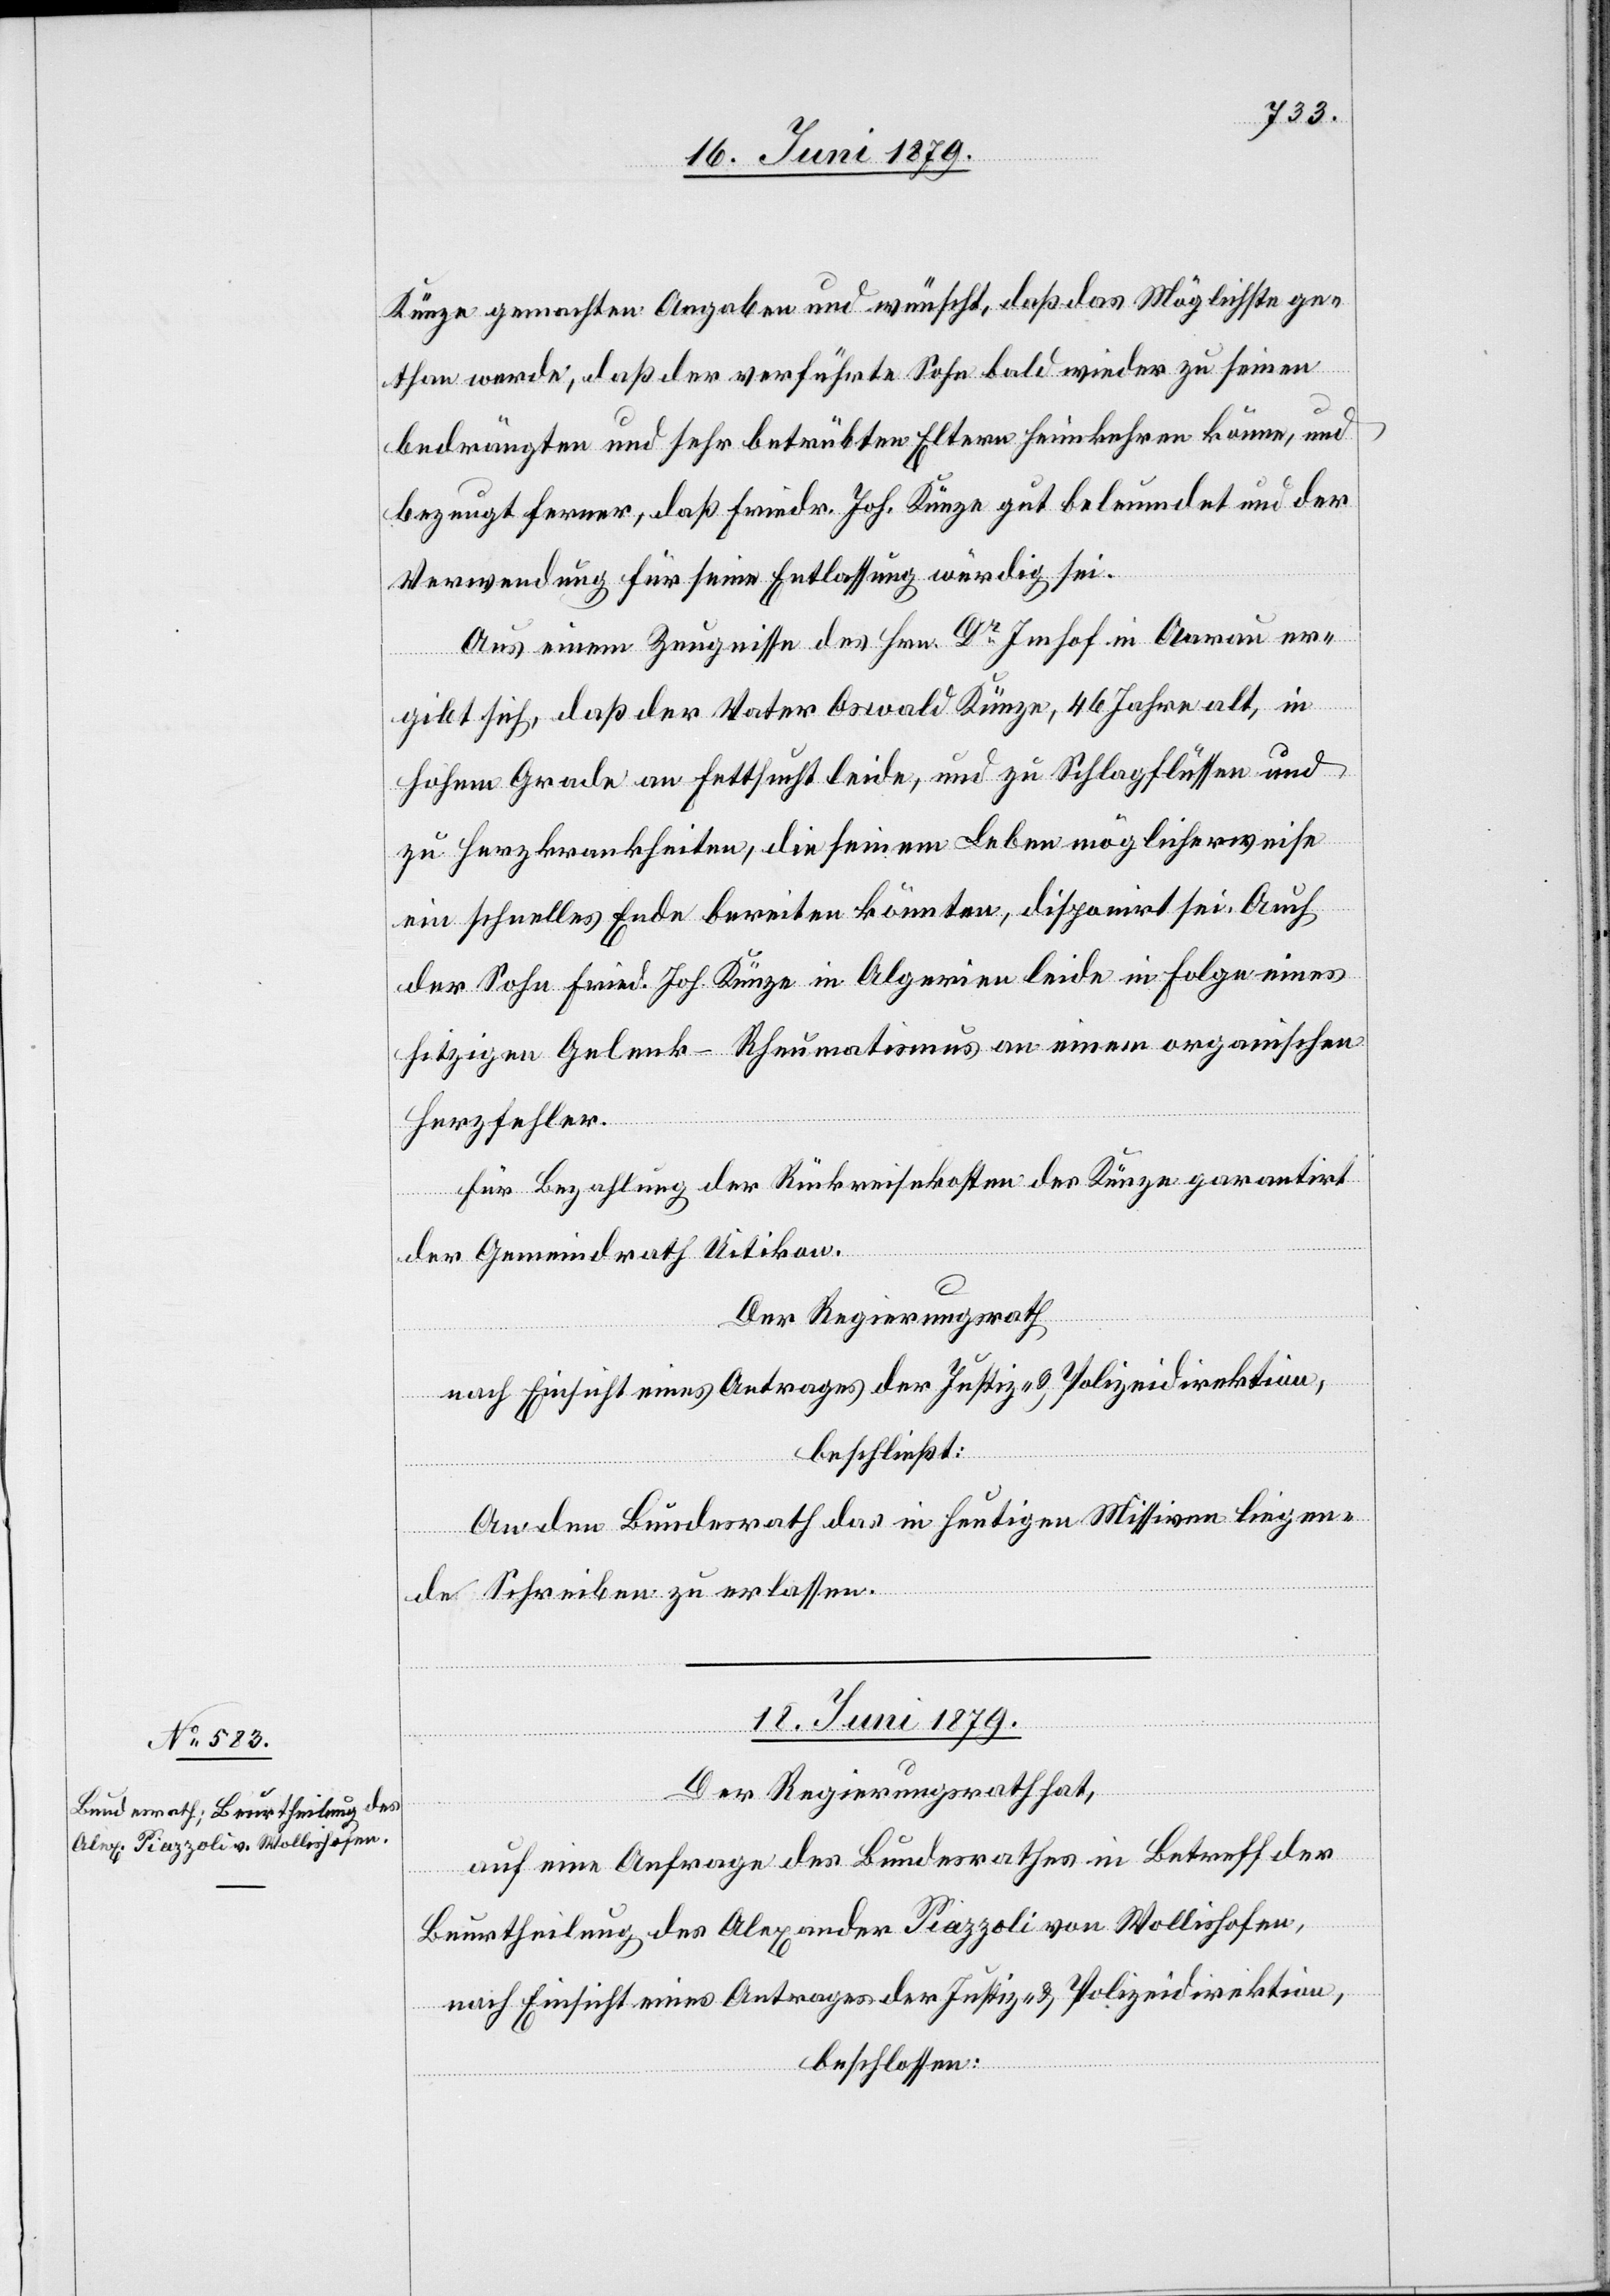
Künze gemachten Angaben und wünscht, daß das Möglichste ge¬
than werde, daß der verführte Sohn bald wieder zu seinen
bedrängten und sehr betrübten Eltern heimkehren könne, und
bezeugt ferner, daß Friedr. Joh. Künze gut beleumdet und der
Verwendung für seine Entlassung würdig sei.
Aus einem Zeugnisse des Hrn. Dr Imhof in Aarau er¬
gibt sich, daß der Vater Oswald Künze, 46 Jahre alt, in
hohem Grade an Fettsucht leide, und zu Schlagflüssen und
zu Herzkrankheiten, die seinem Leben möglicherweise
ein schnelles Ende bereiten könnten, disponirt sei. Auch
der Sohn Fried. Joh. Künze in Algerien leide in Folge eines
hitzigen Gelenk-Rheumatismus an einem organischen
Herzfehler.
Für Bezahlung der Rückreisekosten des Künze garantirt
der Gemeindrath Uitikon.
Der Regierungsrath
nach Einsicht eines Antrages der Justiz- & Polizeidirektion,
beschließt:
An den Bundesrath das in heutigen Missiven liegen¬
de Schreiben zu erlassen.
18. Juni 1879.
Der Regierungsrath hat,
auf eine Anfrage des Bundesrathes in Betreff der
Beurtheilung des Alexander Piazzoli von Wollishofen,
nach Einsicht eines Antrages der Justiz- & Polizeidirektion,
beschlossen: